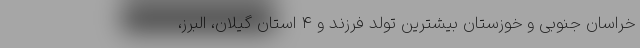
خراسان جنوبی و خوزستان بیشترین تولد فرزند و 4 استان گیلان، البرز،